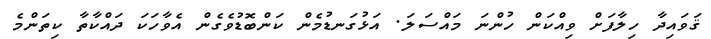
ޤަވައިދާ ހިލާފަށް ވިއްކަން ހުންނަ މައްސަލަ. އަޅުގަނޑުމެން ކަންބޮޑުވެގެން އެވާހަކަ ދައްކާތާ ކިތަންމެ